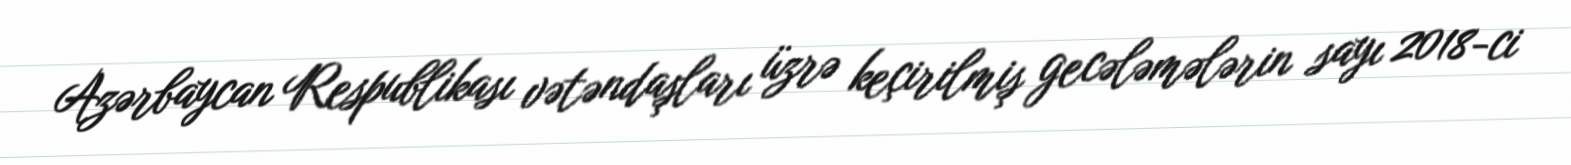
Azərbaycan Respublikası vətəndaşları üzrə keçirilmiş gecələmələrin sayı 2018-ci